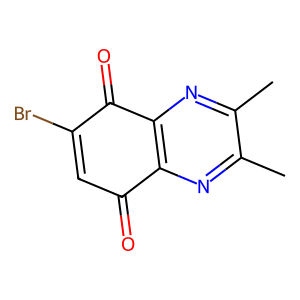
SMILES: Cc1nc2c(nc1C)C(=O)C(Br)=CC2=O
Inhibits HIV replication: No